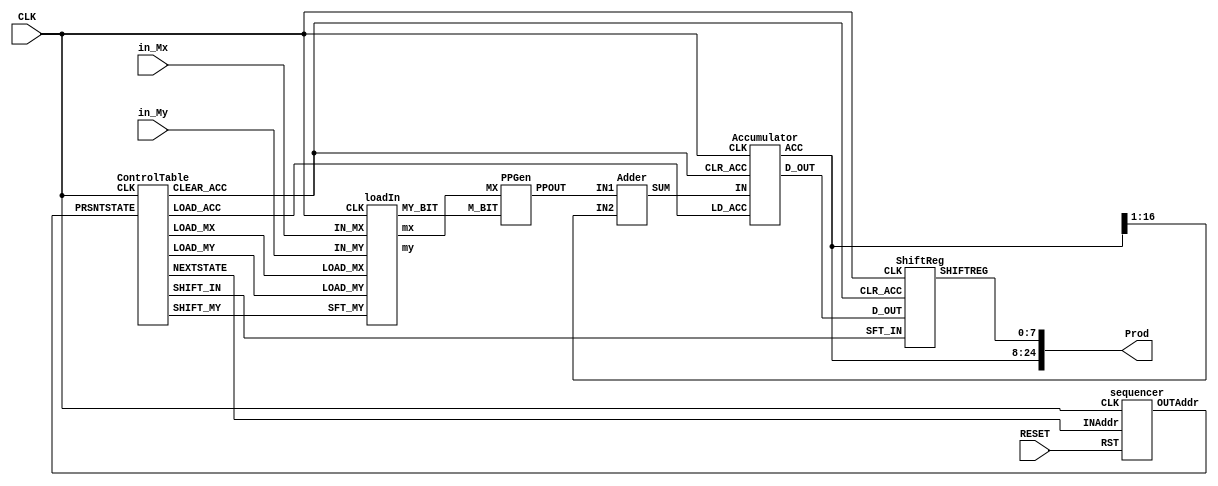
module sequential_mult(RESET,in_Mx,in_My,Prod,CLK);

//Multiplier and multiplicand inputs to be stored in Mx and My registers
input [15:0]in_Mx; 
input [8:0]in_My; 
input RESET;
input CLK;			
wire [15:0]Mx; 
wire [8:0]My;

//all control signals
wire load_Mx,load_My,shift_My,clear_Acc,load_Acc,shift_In;	

//intermediate wires
wire [3:0]PrsntState; 
wire [3:0]NextState;
wire [7:0]shiftReg; 
wire [15:0]PP; 
wire [16:0]Acc; 
wire [16:0]Sum; 
wire My_bit, D_out;	

//25 bits final product output
output wire [24:0]Prod;

//Call control table module to initialte all control signals
ControlTable CT(PrsntState,NextState,load_Mx,load_My,shift_My,clear_Acc,load_Acc,shift_In,CLK);
sequencer SEQ(NextState,CLK,RESET,PrsntState);


loadIn INPUT(in_Mx,in_My,load_Mx,load_My,CLK,Mx,My,My_bit,shift_My);
PPGen PPG(Mx,My_bit,PP);
Adder ADD(PP,Acc[16:1],Sum);
Accumulator ACC(Sum,load_Acc,clear_Acc,Acc,D_out,CLK);
 ShiftReg SHIFT_In(shiftReg,shift_In,D_out,CLK,clear_Acc);

assign Prod = {Acc,shiftReg};

endmodule 

module ControlTable(PRSNTSTATE,NEXTSTATE,LOAD_MX,LOAD_MY,SHIFT_MY,CLEAR_ACC,LOAD_ACC,SHIFT_IN,CLK);

input [3:0]PRSNTSTATE;  
input CLK;
output LOAD_MX,LOAD_MY,SHIFT_MY,CLEAR_ACC,LOAD_ACC,SHIFT_IN;
output [3:0] NEXTSTATE;

reg   [9:0]ControlSig;
 
 always @(posedge CLK) 
  begin
   case(PRSNTSTATE)
    4'b0000: ControlSig = 10'b1101000001;
    4'b0001: ControlSig = 10'b0010110010;
    4'b0010: ControlSig = 10'b0010110011;
    4'b0011: ControlSig = 10'b0010110100;
    4'b0100: ControlSig = 10'b0010110101;
    4'b0101: ControlSig = 10'b0010110110;
    4'b0110: ControlSig = 10'b0010110111;
    4'b0111: ControlSig = 10'b0010111000;
    4'b1000: ControlSig = 10'b0010111001;
    4'b1001: ControlSig = 10'b0010111010;
    4'b1010: ControlSig = 10'b0000001010;
    default: ControlSig = 10'b0000000000;
   endcase
  end
 
 assign NEXTSTATE = ControlSig[3:0];
 //assign PRSNTSTATE = ControlSig[3:0];
 assign LOAD_MX = ControlSig[9];
 assign LOAD_MY = ControlSig[8];
 assign SHIFT_MY = ControlSig[7];
 assign CLEAR_ACC = ControlSig[6];
 assign LOAD_ACC = ControlSig[5];
 assign SHIFT_IN = ControlSig[4];

endmodule

module loadIn(IN_MX,IN_MY,LOAD_MX,LOAD_MY,CLK,mx,my,MY_BIT,SFT_MY);

input CLK;
input LOAD_MX,LOAD_MY,SFT_MY;
input wire [15:0]IN_MX; 
input wire [8:0]IN_MY;

output reg [15:0]mx;
output reg [8:0]my;
output MY_BIT;

wire SFT_MY;

always @(posedge CLK) 
  begin
    if (LOAD_MX) 
      begin
        mx <= IN_MX; 
      end
    if (LOAD_MY)
      begin
        my <= IN_MY;
      end
    else 
      if(SFT_MY) 
        begin
          my <= (my>>1);
        end
  end
  assign MY_BIT = my[0];

endmodule

module PPGen(MX,M_BIT,PPOUT);

input [15:0]MX; input M_BIT;
output [15:0]PPOUT;

reg [15:0]PPOUT;

  always @(*)
    begin
      if (M_BIT == 0)
        PPOUT = 0;
      else
        PPOUT = MX;
    end

endmodule

module ShiftReg(SHIFTREG,SFT_IN,D_OUT,CLK,CLR_ACC);

input CLK; 
input SFT_IN, D_OUT,CLR_ACC; 
output reg [7:0]SHIFTREG;

always @(posedge CLK)
  begin
    if (CLR_ACC) 
      begin
        SHIFTREG = 8'd0;
      end
    else 
      if (SFT_IN) 
        begin
          SHIFTREG = {D_OUT,SHIFTREG[7:1]};
        end
  end

endmodule

module Accumulator(IN,LD_ACC,CLR_ACC,ACC,D_OUT,CLK);

input [16:0]IN; 
input LD_ACC, CLR_ACC, CLK;
  
output D_OUT; 
output reg [16:0]ACC; //output reg[7:0]shiftReg;
  
  always @(posedge CLK) 
    begin
      if (CLR_ACC) 
        begin
          ACC <= 17'd0; 
          //shiftReg <= 8'b0;
        end
      else 
        if (LD_ACC) 
          begin
            ACC = IN;
          end
    end
  assign D_OUT = ACC[0];

endmodule

module Adder(IN1,IN2,SUM);

input [15:0]IN1; 
input[15:0]IN2;
output reg [16:0]SUM;
//reg [14:0]w;
//integer i;

always @(*) 
  begin
/*
    for (i= 0; i<=14; i= i+1) 
      begin
        {w[i],Sum[i]} = PP[i] + Acc[i];		//bit by bit behavioural? use for loop
      end
    {Sum[16],Sum[15]} = PP[15]+Acc[15];
*/
    SUM = IN1+IN2;
  end

endmodule

module sequencer(INAddr,CLK,RST,OUTAddr);

input [3:0]INAddr;	//next state from control logic
input CLK,RST;
output reg [3:0]OUTAddr;	//output is present state signal to be fed to control ROM 

always @(negedge CLK) 
  begin
    if (~RST) 
      begin		//RESET is active LOW
        OUTAddr = 4'b0000;
      end
    else
      begin
        OUTAddr = INAddr;
      end
  end

endmodule